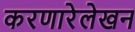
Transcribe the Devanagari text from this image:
करणारेलेखन